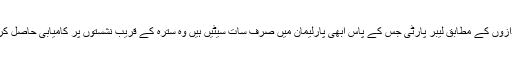
ابتدائی اندازوں کے مطابق لیبر پارٹی جس کے پاس ابھی پارلیمان میں صرف سات سیٹیں ہیں وہ سترہ کے قریب نشستوں پر کامیابی حاصل کر لے گی۔